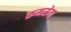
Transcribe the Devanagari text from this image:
रूमसेवा